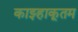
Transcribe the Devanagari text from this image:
काझ्हाकूतम